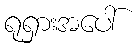
ရုရှားအပေါ်